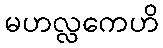
မဟလ္လကေဟိ